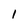
Character: 1